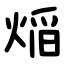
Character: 㷔